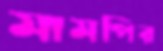
মামপির